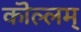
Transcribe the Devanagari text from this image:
कॊल्लम्